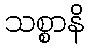
သစ္စာနိ